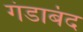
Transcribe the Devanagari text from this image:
गंडाबंद